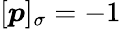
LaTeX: [\boldsymbol{p}]_{\sigma}=-1